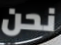
نحن